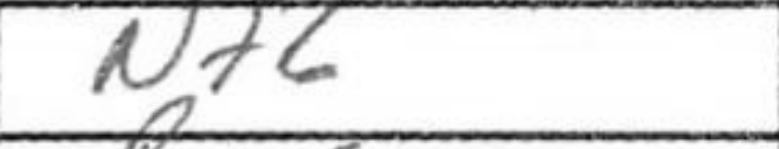
Transcription: Nf6